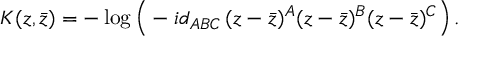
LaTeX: K ( z , \bar { z } ) = - \log \Big ( - i d _ { A B C } \, ( z - \bar { z } ) ^ { A } ( z - \bar { z } ) ^ { B } ( z - \bar { z } ) ^ { C } \Big ) \, .